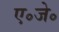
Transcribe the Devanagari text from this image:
ए॰जे॰